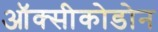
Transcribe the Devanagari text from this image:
ऑक्सीकोडोन